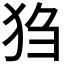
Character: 𪺸